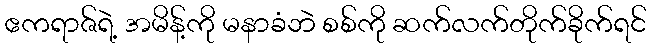
ဧကရာဇ်ရဲ့ အမိန့်ကို မနာခံဘဲ စစ်ကို ဆက်လက်တိုက်ခိုက်ရင်